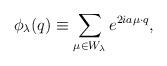
LaTeX: \begin{align*}\phi_{\lambda}(q)\equiv\sum_{\mu\in W_{\lambda}}e^{2ia\mu\cdot q},\end{align*}